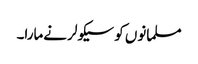
مسلمانوں کو سیکولر نےمارا۔